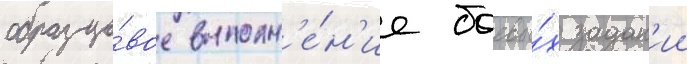
образцо́вое выполн'е́н'ие боевы́х задан'ии